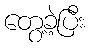
တွေ့ခဲ့ပြီး